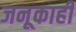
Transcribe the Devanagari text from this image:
जनूकाही